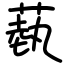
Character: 蓺